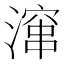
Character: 𪷚